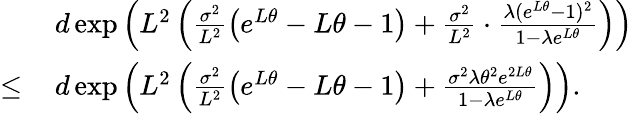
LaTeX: \begin{array}{rl}&{d\exp\left(L^{2}\left(\frac{\sigma^{2}}{L^{2}}\left(e^{L\theta}-L\theta-1\right)+\frac{\sigma^{2}}{L^{2}}\cdot\frac{\lambda(e^{L\theta}-1)^{2}}{1-\lambda e^{L\theta}}\right)\right)}\\ {\leq\, }&{d\exp\left(L^{2}\left(\frac{\sigma^{2}}{L^{2}}\left(e^{L\theta}-L\theta-1\right)+\frac{\sigma^{2}\lambda\theta^{2}e^{2L\theta}}{1-\lambda e^{L\theta}}\right)\right).}\end{array}